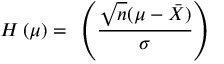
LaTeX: H _ { \mathit { \Phi } } ( \mu ) = { \mathit { \Phi } } \left( { \frac { { \sqrt { n } } ( \mu - { \bar { X } } ) } { \sigma } } \right)